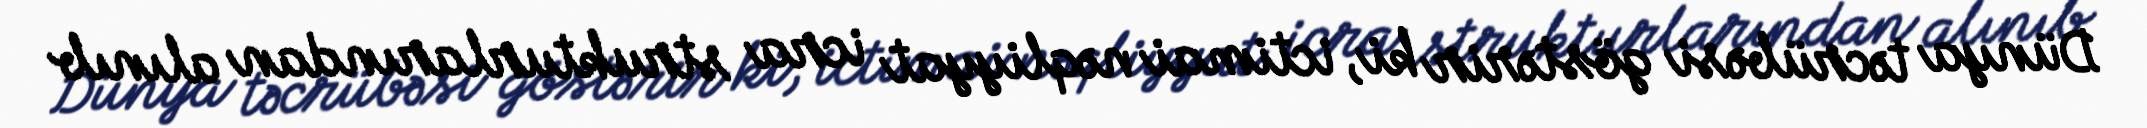
Dünya təcrübəsi göstərir ki, ictimai nəqliyyat icra strukturlarından alınıb